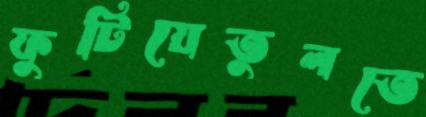
ফুটিয়েতুলতে